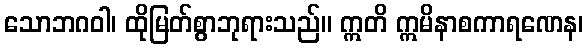
သောဘဂဝါ၊ ထိုမြတ်စွာဘုရားသည်။ ဣတိ ဣမိနာစကာရဏေန၊